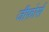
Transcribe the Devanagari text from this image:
जीफ़ोर्स